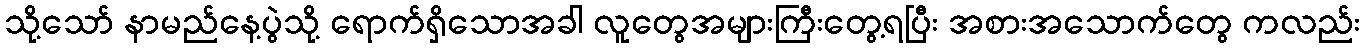
သို့သော် နာမည်နေ့ပွဲသို့ ရောက်ရှိသောအခါ လူတွေအများကြီးတွေ့ရပြီး အစားအသောက်တွေ ကလည်း